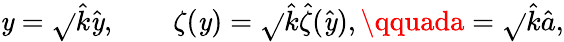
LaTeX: \mathit{y}=\sqrt{}{{\hat{{k}}}}\hat{{\mathit{y}}},\qquad\zeta(\mathit{y})=\sqrt{}{{\hat{{k}}}}\hat{{\zeta}}(\hat{{\mathit{y}}}),\qquada=\sqrt{}{{\hat{{k}}}}\hat{{a}},